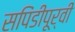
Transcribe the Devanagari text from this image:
सपिंडीपूर्वीं